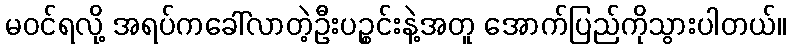
မဝင်ရလို့ အရပ်ကခေါ်လာတဲ့ဦးပဉ္စင်းနဲ့အတူ အောက်ပြည်ကိုသွားပါတယ်။